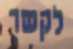
לקשר